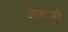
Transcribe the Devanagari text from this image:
केइजी